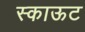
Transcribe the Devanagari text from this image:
स्काऊट